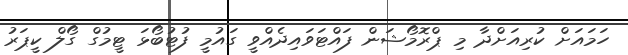
ހަމައަށް ކުރިއަށްދާ މި ޕްރޮމޯޝަން ފައްޓަވައިދެއްވީ ގައުމީ ފުޓުބޯޅަ ޓީމުގް ގޯލް ކީޕަރު